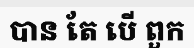
បាន តែ បើ ពួក